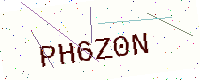
Text: PH6Z0N